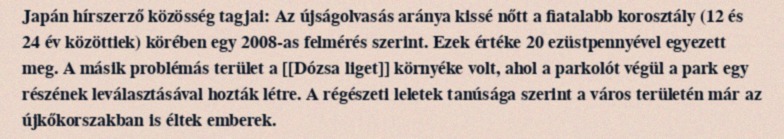
Japán hírszerző közösség tagjai: Az újságolvasás aránya kissé nőtt a fiatalabb korosztály (12 és 24 év közöttiek) körében egy 2008-as felmérés szerint. Ezek értéke 20 ezüstpennyével egyezett meg. A másik problémás terület a [[Dózsa liget]] környéke volt, ahol a parkolót végül a park egy részének leválasztásával hozták létre. A régészeti leletek tanúsága szerint a város területén már az újkőkorszakban is éltek emberek.